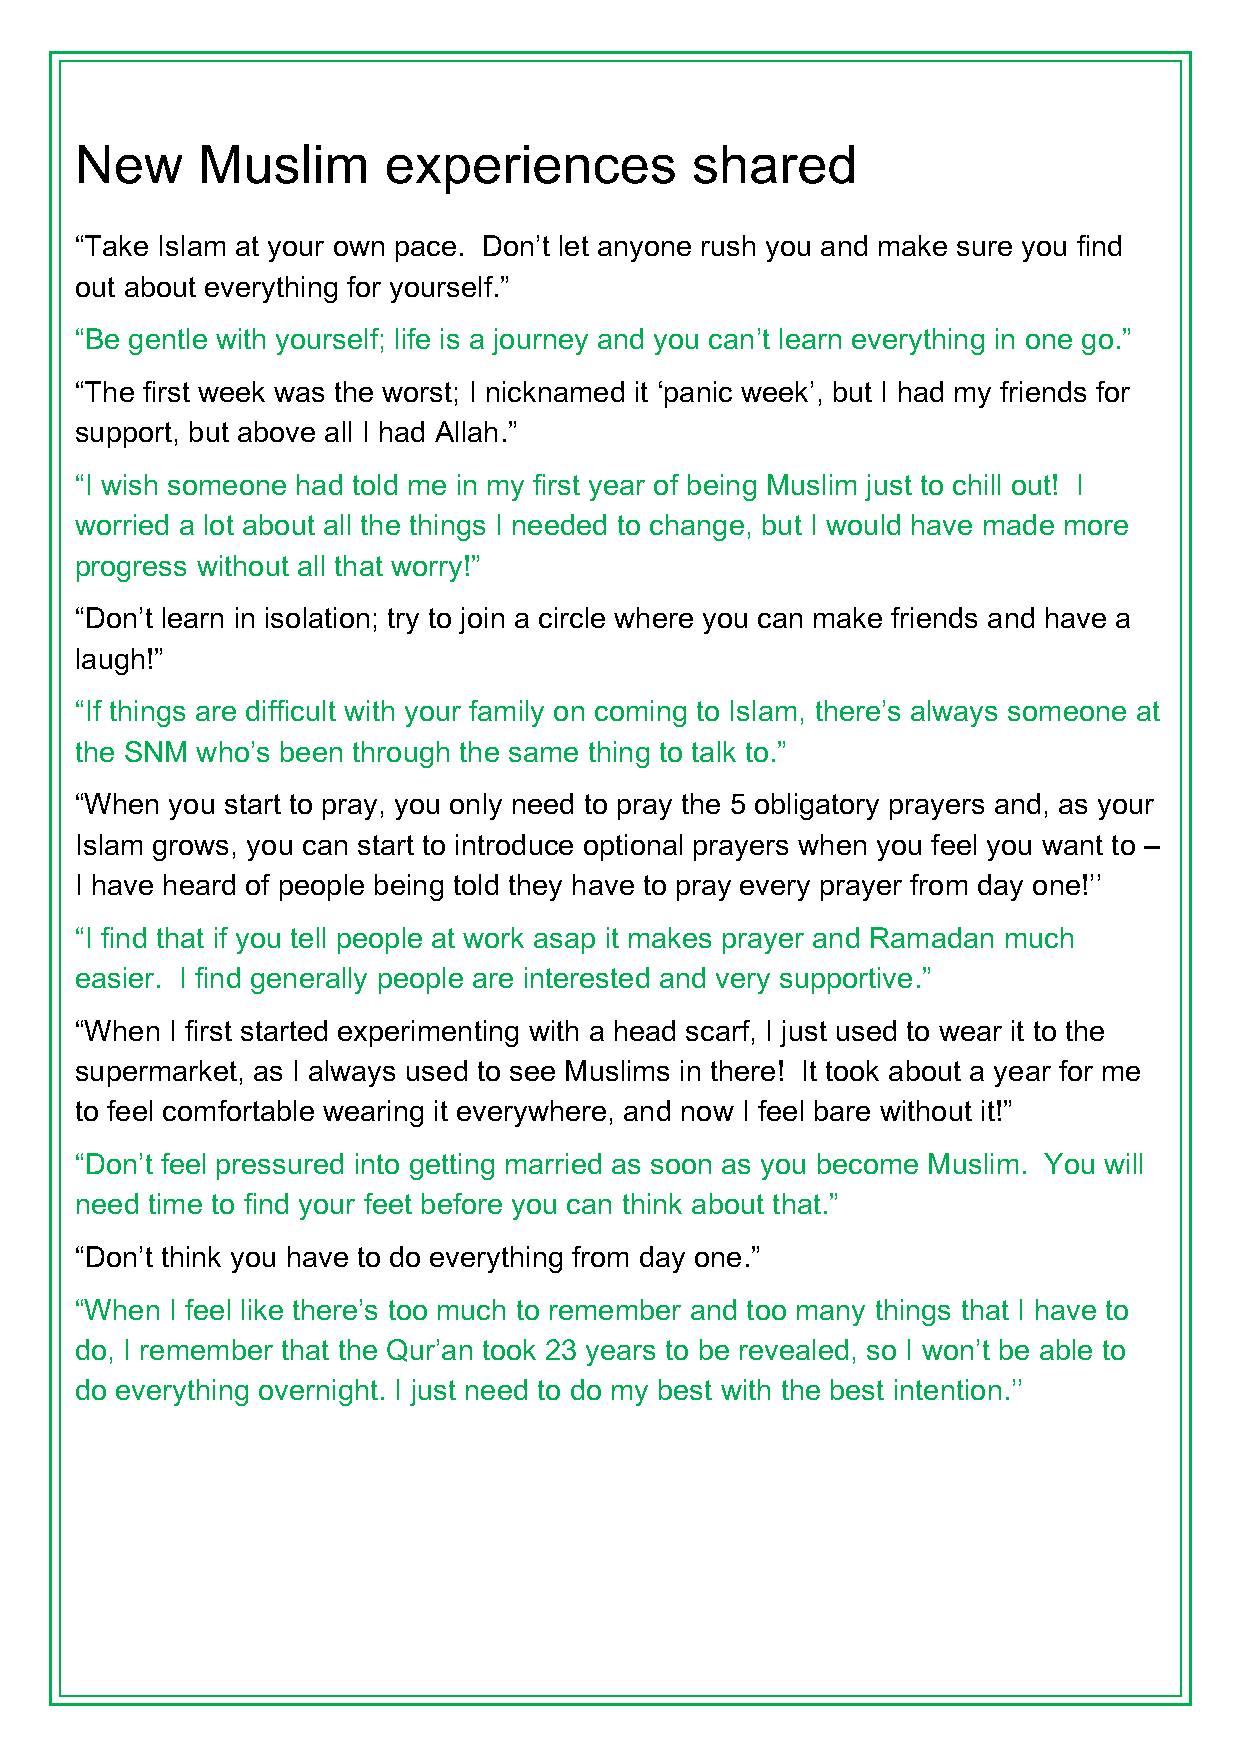
New     Muslim      experiences          shared
 “Take Islam at your own pace. Don’t let anyone rush you and make sure you find
 out about everything for yourself.”
 “Be gentle with yourself; life is a journey and you can’t learn everything in one go.”
 “The first week was the worst; I nicknamed it ‘panic week’, but I had my friends for
 support, but above all I had Allah.”
 “I wish someone had told me in my first year of being Muslim just to chill out! I
 worried a lot about all the things I needed to change, but I would have made more
 progress without all that worry!”
 “Don’t learn in isolation; try to join a circle where you can make friends and have a
 laugh!”
 “If things are difficult with your family on coming to Islam, there’s always someone at
 the SNM who’s been through the same thing to talk to.”
 “When you start to pray, you only need to pray the 5 obligatory prayers and, as your
 Islam grows, you can start to introduce optional prayers when you feel you want to –
 I have heard of people being told they have to pray every prayer from day one!’’
 “I find that if you tell people at work asap it makes prayer and Ramadan much
 easier. I find generally people are interested and very supportive.”
 “When I first started experimenting with a head scarf, I just used to wear it to the
 supermarket, as I always used to see Muslims in there! It took about a year for me
 to feel comfortable wearing it everywhere, and now I feel bare without it!”
 “Don’t feel pressured into getting married as soon as you become Muslim. You will
 need time to find your feet before you can think about that.”
 “Don’t think you have to do everything from day one.”
 “When I feel like there’s too much to remember and too many things that I have to
 do, I remember that the Qur’an took 23 years to be revealed, so I won’t be able to
 do everything overnight. I just need to do my best with the best intention.’’